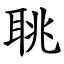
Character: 聎